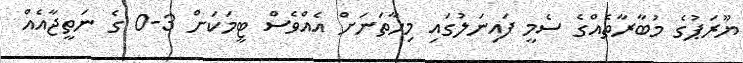
ޔޫރަޕުގެ މުބާރާތެއްގެ ސެމީ ފައިނަލުގައި މިހާތަނަށް އެއްވެސް ޓީމަކަށް 3-0 ގެ ނަތީޖާއެއް